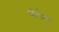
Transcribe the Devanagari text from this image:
पॉर्नहब